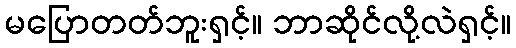
မပြောတတ်ဘူးရှင့်။ ဘာဆိုင်လို့လဲရှင့်။